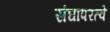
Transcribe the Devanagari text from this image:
संघापरत्वे